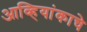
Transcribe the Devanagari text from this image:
आव्हियांकाचे